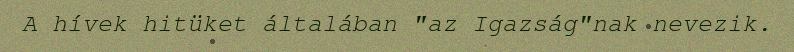
A hívek hitüket általában "az Igazság"nak nevezik.